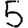
Digit: 5